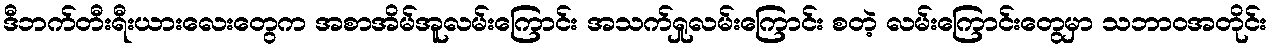
ဒီဘက်တီးရီးယားလေးတွေက အစာအိမ်အူလမ်းကြောင်း အသက်ရှုလမ်းကြောင်း စတဲ့ လမ်းကြောင်းတွေမှာ သဘာဝအတိုင်း